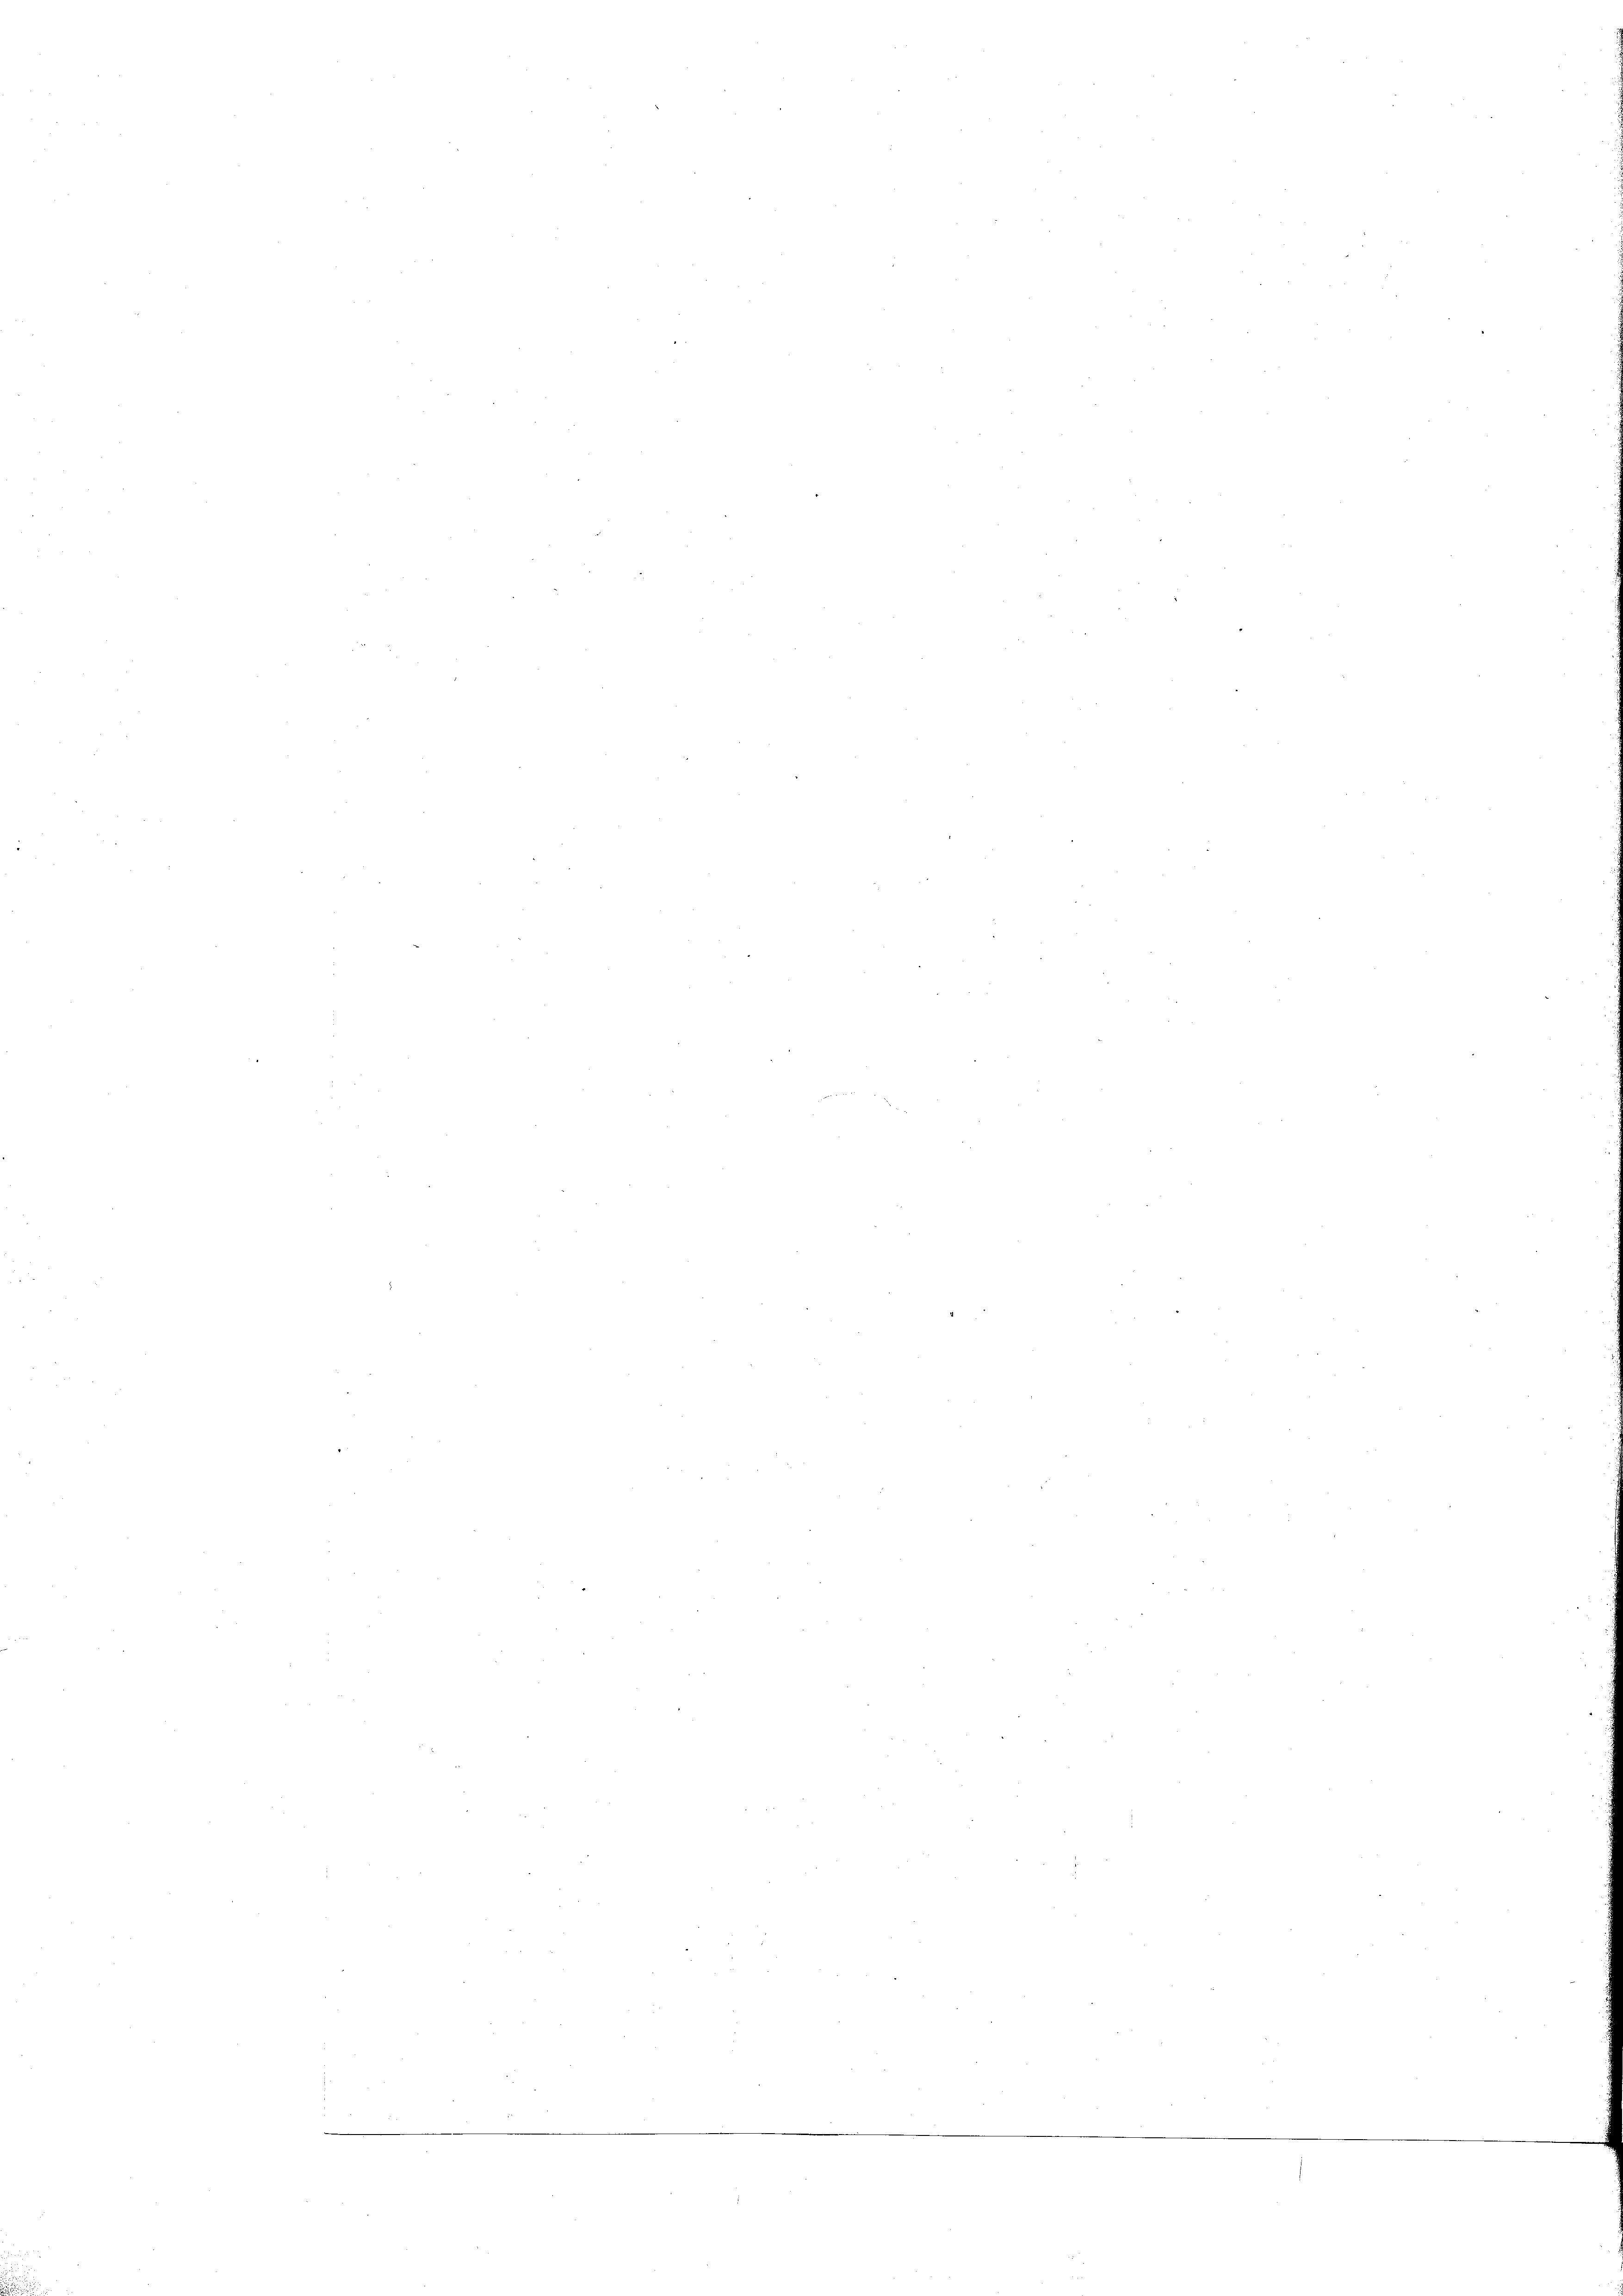
e

—